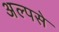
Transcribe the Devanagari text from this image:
अल्पसे